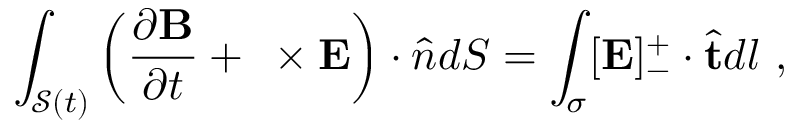
\int _ { \mathcal { S } ( t ) } \left( \frac { \partial \mathbf { B } } { \partial t } + \mathbf { \nabla } \times \mathbf { E } \right) \cdot \hat { \boldsymbol { n } } d S = \int _ { \sigma } [ \mathbf { E } ] _ { - } ^ { + } \cdot \hat { \mathbf { t } } d l ~ ,